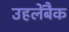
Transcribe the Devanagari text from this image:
उहलेंबैक